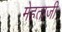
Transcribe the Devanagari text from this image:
मेहताजी